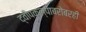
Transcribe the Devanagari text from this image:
द्वीपकल्पाबरोबरही